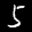
Label: 5